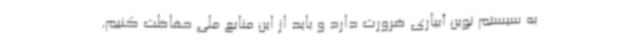
به سیستم نوین آبیاری ضرورت دارد و باید از این منابع ملی حفاظت کنیم.